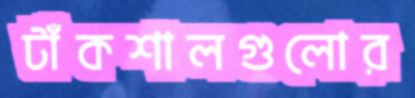
টাঁকশালগুলোর